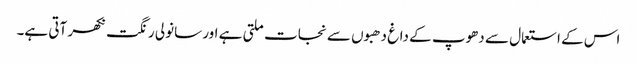
اس کے استعمال سے دھوپ کے داغ دھبوں سے نجات ملتی ہے اور سانولی رنگت نکھر آتی ہے۔